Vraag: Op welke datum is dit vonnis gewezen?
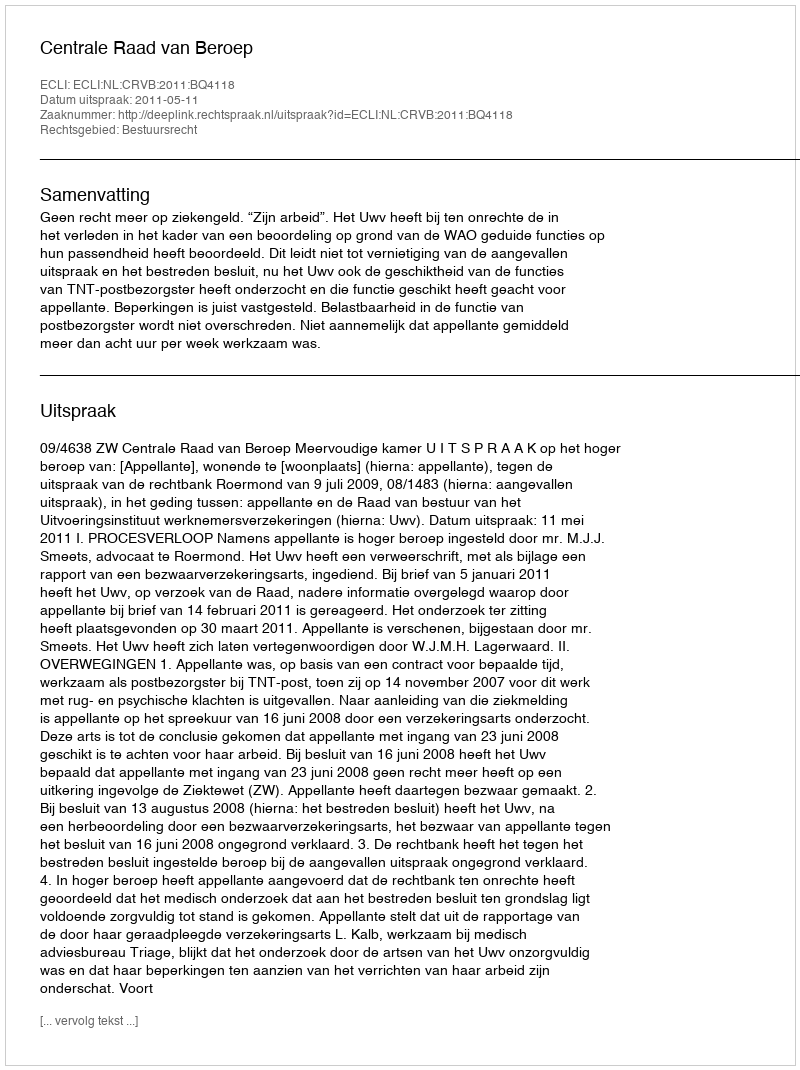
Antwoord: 2011-05-11